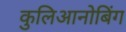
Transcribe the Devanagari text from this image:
कुलिआनोबिंग